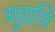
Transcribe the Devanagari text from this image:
गुडासि